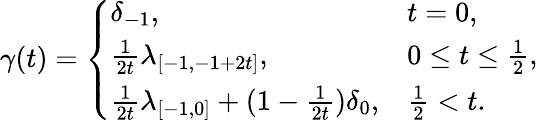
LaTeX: \begin{array}{r}{\gamma(t)=\left\{ \begin{array}{ll}{\delta_{-1},\quad}&{t=0,}\\ {\frac{1}{2t}\lambda_{[-1,-1+2t]},}&{0\le t\le\frac{1}{2},}\\ {\frac{1}{2t}\lambda_{[-1,0]}+(1-\frac{1}{2t})\delta_{0},}&{\frac{1}{2}<t.}\end{array}\right.}\end{array}